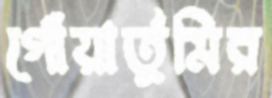
গোঁয়ার্তুমির